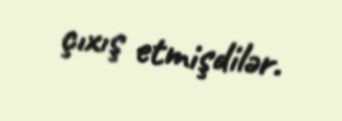
çıxış etmişdilər.